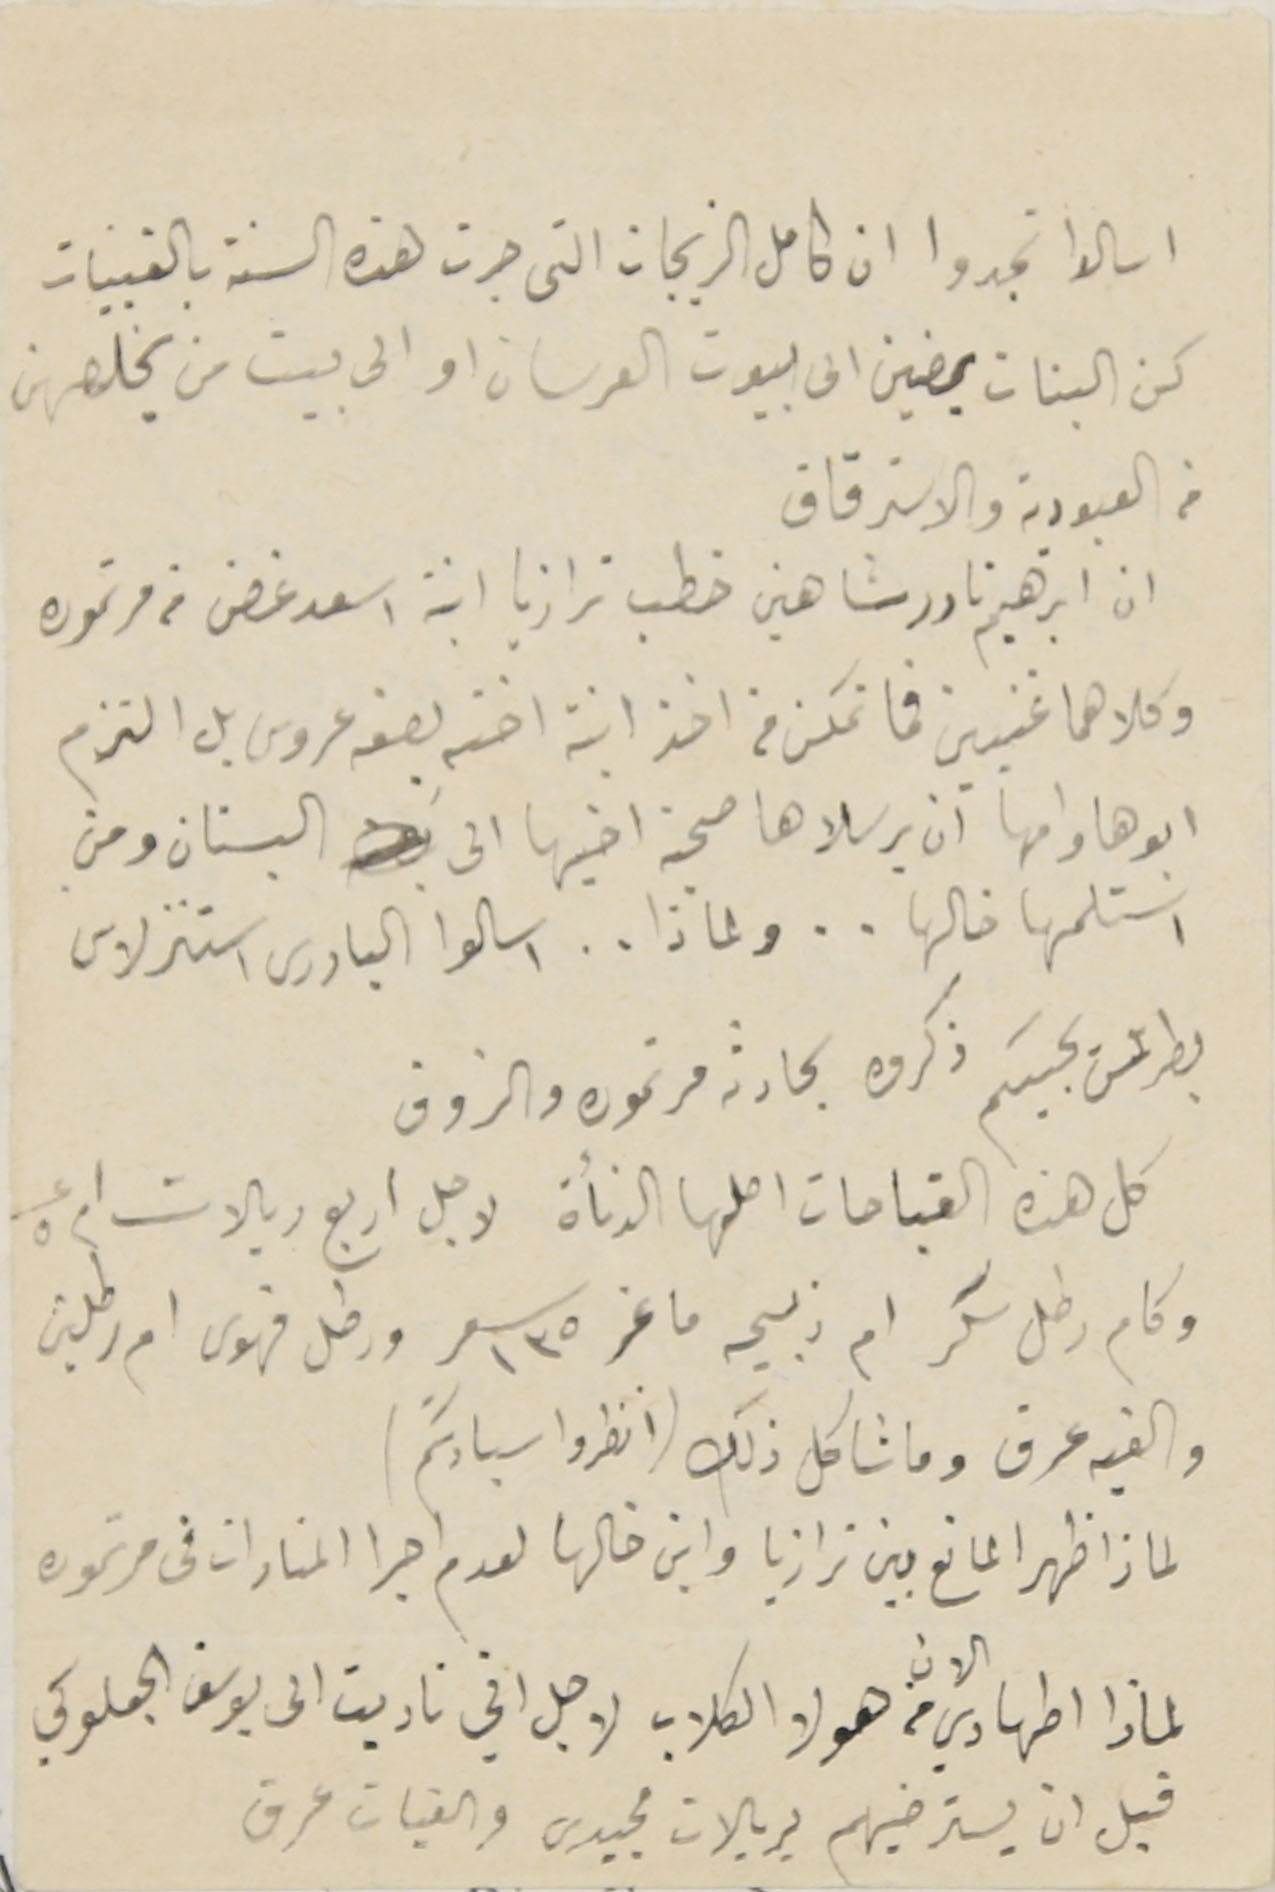
اسالوا تجدوا ان كامل الزيجات التى جرت هذه السنة بالقبيات
كن البنات يمضين الى بيوت العرسان او الى بيت من يخلصهن
من العبودية والاسترقاق
ان ابرهيم نادر شاهين خطب ترازيا ابنة اسعد غصن من مرتموره
وكلاهما غنيين فما تمكن من اخذ ابنة اخته بصفة عروس بل التزم
ابوها وامها ان يرسلاها صحبة اخيها الى البستان ومن
استلمها خالها . . ولماذا . . اسالوا البادرى استنزلاس
بطرسَ كبيركم ذكروه بحادثة مرتموره والزوق
كل هذه القباحات اصلها الدنأة لاجل اربع ريالات ام عدد ٥
وكام رطل سكر ام ذبيحه ماعز سعر ١٣٥ ورطل قهوى ام رطلين
والفيه عرق وما شاكل ذلك (انظروا سيادتكم)
لماذا ظهر المانع بين ترازيا وابن خالها لعدم اجرا المنادات فى مرتموره
لماذا اطهادي الان من هولا الكلاب لاجل اني ناديت الى يوسف الجعلوكي
قبل ان يسترضيهم بريالات مجيدى والفيات عرق